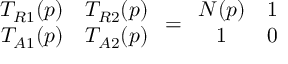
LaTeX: \begin{array} { c c } { { T _ { R 1 } ( p ) } } & { { T _ { R 2 } ( p ) } } \\ { { T _ { A 1 } ( p ) } } & { { T _ { A 2 } ( p ) } } \end{array} = \begin{array} { c c } { { N ( p ) } } & { { 1 } } \\ { { 1 } } & { { 0 } } \end{array}